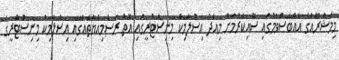
މިމަޝްރޫއުގެ އެއްބަސްވުމުގައި ސޮއިކުރުމަށް މިއަދު އިސްލާމިކް މިނިސްޓްރީގައި އޮތް ރަސްމިއްޔާތެއްގައި އިސްލާމިކް މިނިސްޓްރީގެ